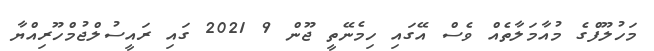
މަހުލޫފްގެ މުއާމަލާތެއް ވެސް އޭގައި ހިމެނޭތީ ޖޫން 9 2021 ގައި ރައީސުލްޖުމްހޫރިއްޔާ